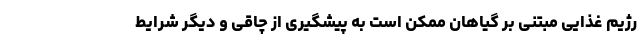
رژیم غذایی مبتنی بر گیاهان ممکن است به پیشگیری از چاقی و دیگر شرایط